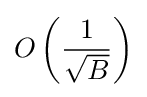
O\left({\frac {1}{\sqrt {B}}}\right)